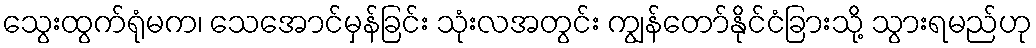
သွေးထွက်ရုံမက၊ သေအောင်မှန်ခြင်း သုံးလအတွင်း ကျွန်တော်နိုင်ငံခြားသို့ သွားရမည်ဟု